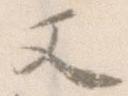
又